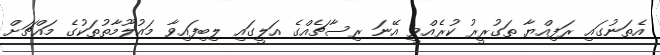
އެތަނުގައި ރަފިއްޔާ ތަގުރީރު ކުރެއްވީ އޭނަ ރިސާޗެއްގެ އަލީގައި ލިބިފައިވާ މައުލޫމާތުތަކުގެ މައްޗަށް